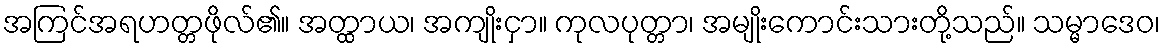
အကြင်အရဟတ္တဖိုလ်၏။ အတ္ထာယ၊ အကျိုးငှာ။ ကုလပုတ္တာ၊ အမျိုးကောင်းသားတို့သည်။ သမ္မာဒေဝ၊